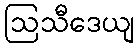
ဩသီဒေယျ